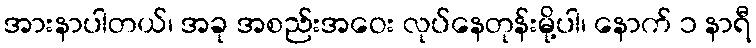
အားနာပါတယ်၊ အခု အစည်းအဝေး လုပ်နေတုန်းမို့ပါ၊ နောက် ၁ နာရီ